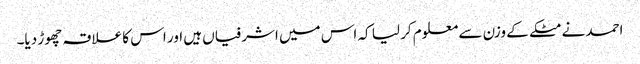
احمد نے مٹکے کے وزن سے معلوم کر لیا کہ اس میں اشرفیاں ہیں اور اس کا علاقہ چھوڑ دیا۔